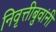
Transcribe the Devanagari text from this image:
निवृत्तीबुवांनी